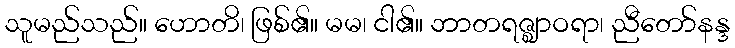
သူမည်သည်။ ဟောတိ၊ ဖြစ်၏။ မမ၊ ငါ၏။ ဘာတရဇ္ဈာဝရာ၊ ညီတော်နန္ဒ